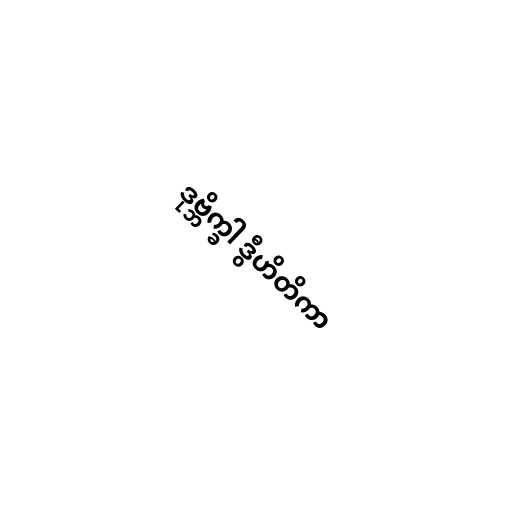
ဒုဗ္ဘိက္ခါ ဒွီဟိတိကာ